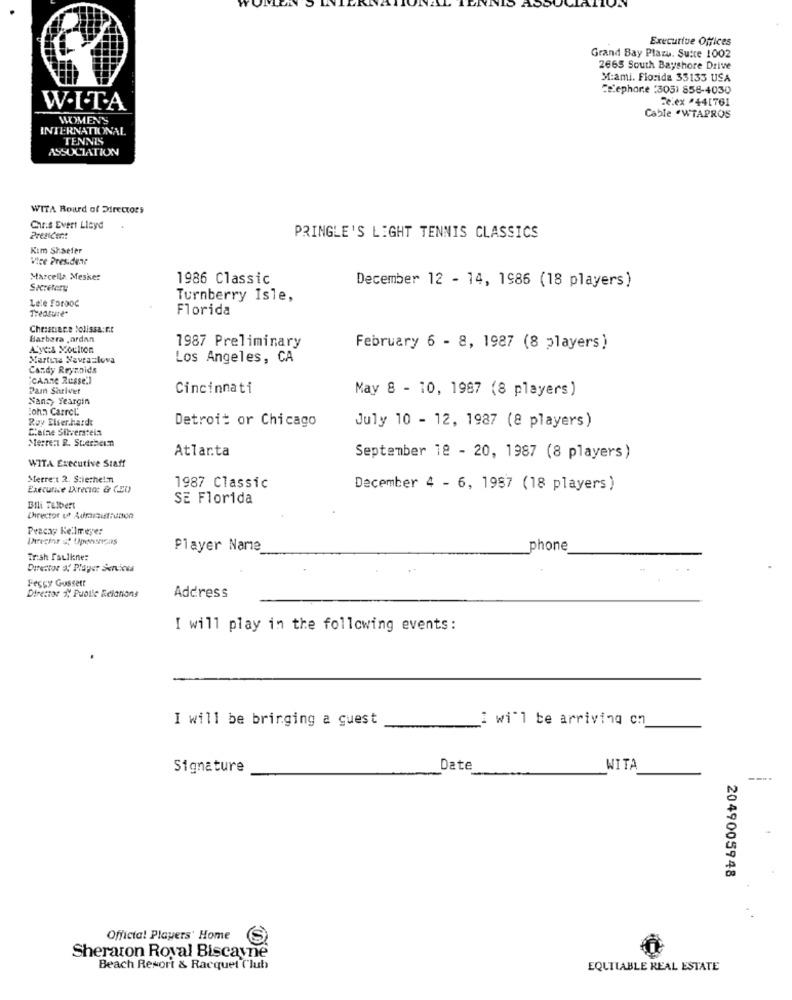
Executive Offices
Grand Bay Plazu. Suite 1002
2665 South Bayshore Drive
M:ami. Florida 33133 USA
cephore :305) 858-4030
Te.ex *441761
W.I.T.A
WOMEN'S
Cable .WTAPROS
INTERNATIONAL
TENNIS
ASSOCIATION
WITA Board of Directors
Chris Evert Licyd
Prezident
PRINGLE'S LIGHT TENNIS CLASSICS
Kim Shaefer
Vice President
Marcella Mesker
1986 Classic
Sacretery
December 12 - 14, 1986 (18 players)
Lete forooc
Turnberry Isle,
Treasure"
Florida
Chezacare tolissa:t.t
Barbara , ardan
Ayes Moulton
1987 Preliminary
February 6 - 8, 1987 (8 players)
Martina Navrazlova
Los Angeles, CA
Candy Reynolds
"cAnne Russe.]
Pam Shriver
Cincinnati
May 8 - 10, 1987 (8 players)
Nansy Yeargin
John Carrel.
Roy Elser.hardt
Detroit or Chicago
Claine Silverstein
July 10 - 12, 1987 (8 players)
Meeren B. St.erheim
Atlanta
WITA Executive Staff
September 18 - 20, 1987 (8 players)
Merre:t 2. S:iethelm
Executive Direcio: & CEO
1987 Classic
December 4 - 6, 1987 (18 players)
SE Florida
Bili Tilbert
Pracay Kelmeyer
Player Name
phone
Er:sh faulkner
Director a Player Services
Fegy Gussett
Director 2, Public Relations
Address
I will play in the following events:
I will be bringing a guest
i will be arriving cm
Signature
Date
WITA
---.
2049005948
Official Players' Home
Sheraton Roval Biscayne
Beach Resort & Racquet ('lub
EQUITABLE REAL ESTATE